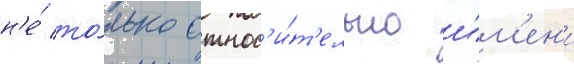
н'е́ то́лько относ'и́т'ельно и́м'ен'и